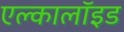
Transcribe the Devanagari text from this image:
एल्कालॉइड